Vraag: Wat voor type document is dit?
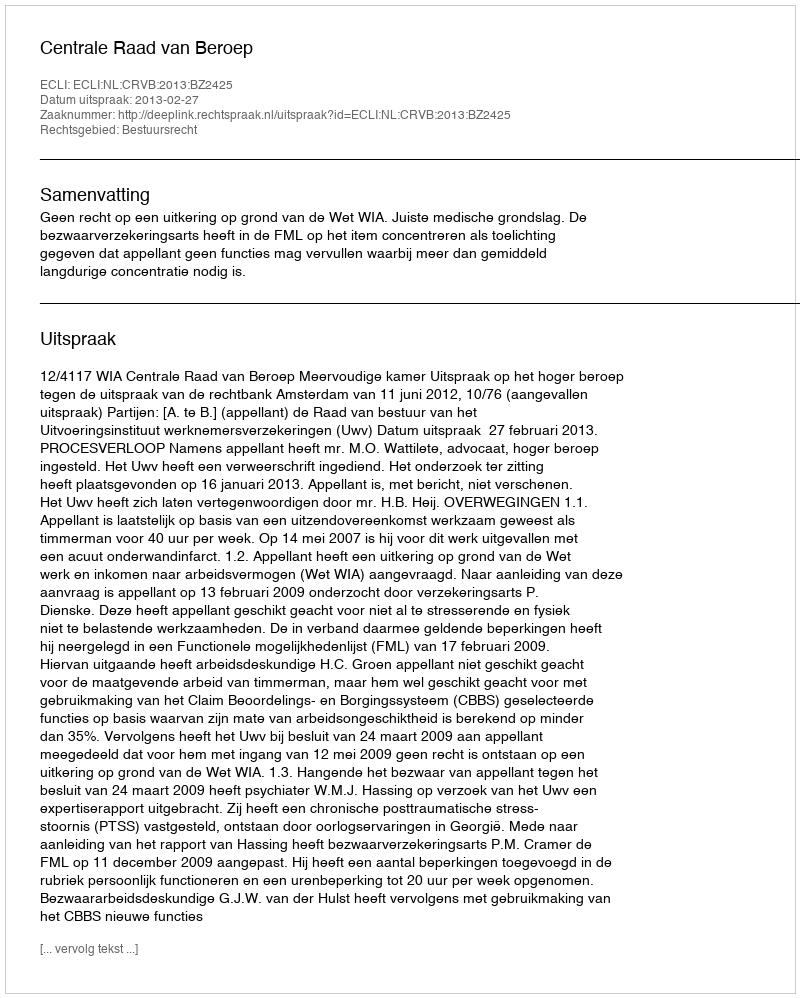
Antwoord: Uitspraak